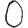
Digit: 0